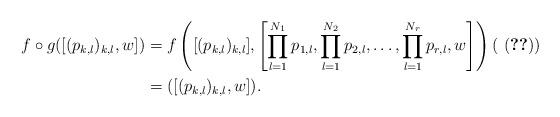
LaTeX: \begin{align*}f \circ g ([(p_{k,l})_{k,l},w]) &= f \left([(p_{k,l})_{k,l}], \left[ \prod_{l=1}^{N_1} p_{1,l}, \prod_{l=1}^{N_2} p_{2,l},\dots,\prod_{l=1}^{N_r} p_{r,l}, w \right] \right) (~\eqref{eq_isomor_prop2.8_11}) \\&= ([(p_{k,l})_{k,l},w]).\end{align*}